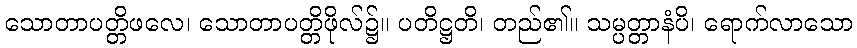
သောတာပတ္တိဖလေ၊ သောတာပတ္တိဖိုလ်၌။ ပတိဋ္ဌတိ၊ တည်၏။ သမ္ပတ္တာနံပိ၊ ရောက်လာသော